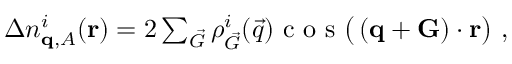
\begin{array} { r } { \Delta n _ { \mathbf { q } , A } ^ { i } ( \mathbf { r } ) = 2 \sum _ { \vec { G } } { \rho _ { \vec { G } } ^ { i } ( \vec { q } ) } \textnormal { c o s } \big ( \left( \mathbf { q } + \mathbf { G } \right) \cdot \mathbf { r } \big ) \ , } \end{array}